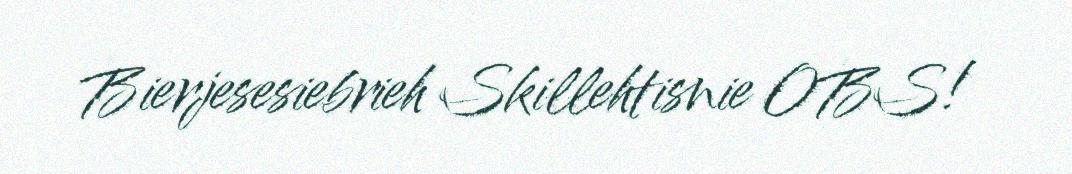
Bierjesesiebrieh Skillehtisnie OBS!